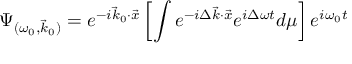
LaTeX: \Psi _ { ( \omega _ { 0 } , \vec { k } _ { 0 } ) } = e ^ { - i \vec { k } _ { 0 } { \cdot } \vec { x } } \left[ \int e ^ { - i \Delta \vec { k } { \cdot } \vec { x } } e ^ { i \Delta \omega t } d \mu \right] e ^ { i \omega _ { 0 } t } \!